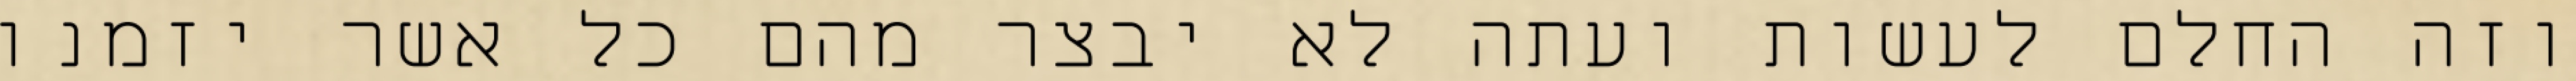
וזה החלם לעשות ועתה לא יבצר מהם כל אשר יזמנו